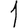
Digit: 1